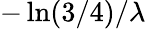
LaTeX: -\ln(3/4)/\lambda